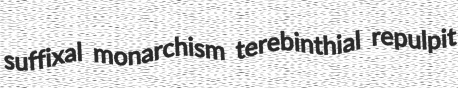
suffixal monarchism terebinthial repulpit